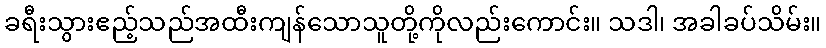
ခရီးသွားဧည့်သည်အထီးကျန်သောသူတို့ကိုလည်းကောင်း။ သဒါ၊ အခါခပ်သိမ်း။